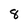
Character: 8